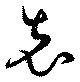
充